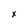
Character: x